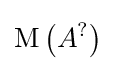
\mathrm {M} \left(A^{?}\right)